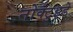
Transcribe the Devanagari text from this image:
नोक्टुइडे